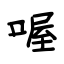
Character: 喔